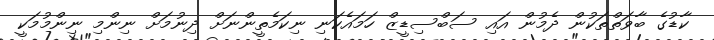
ކާޑުގެ ބާވަތްތަކުން ދެމުން އައި ސަބްސިޑީޒް ހަމައެކަނި ނިކަމެތީންނަށް ދިނުމަށް ނިންމި ނިންމުމަކީ